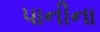
પાનીના